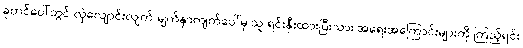
ခုတင်ပေါ်တွင် လှဲလျောင်းလျက် မျက်နှာကျက်ပေါ်မှ သူ ရင်းနှီးထားပြီးသား အရေးအကြောင်းများကို ကြည့်ရင်း